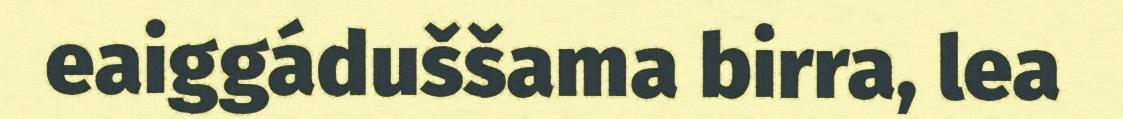
eaiggáduššama birra, lea